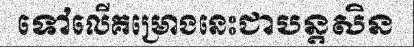
ទៅលើគម្រោងនេះជាបន្តសិន